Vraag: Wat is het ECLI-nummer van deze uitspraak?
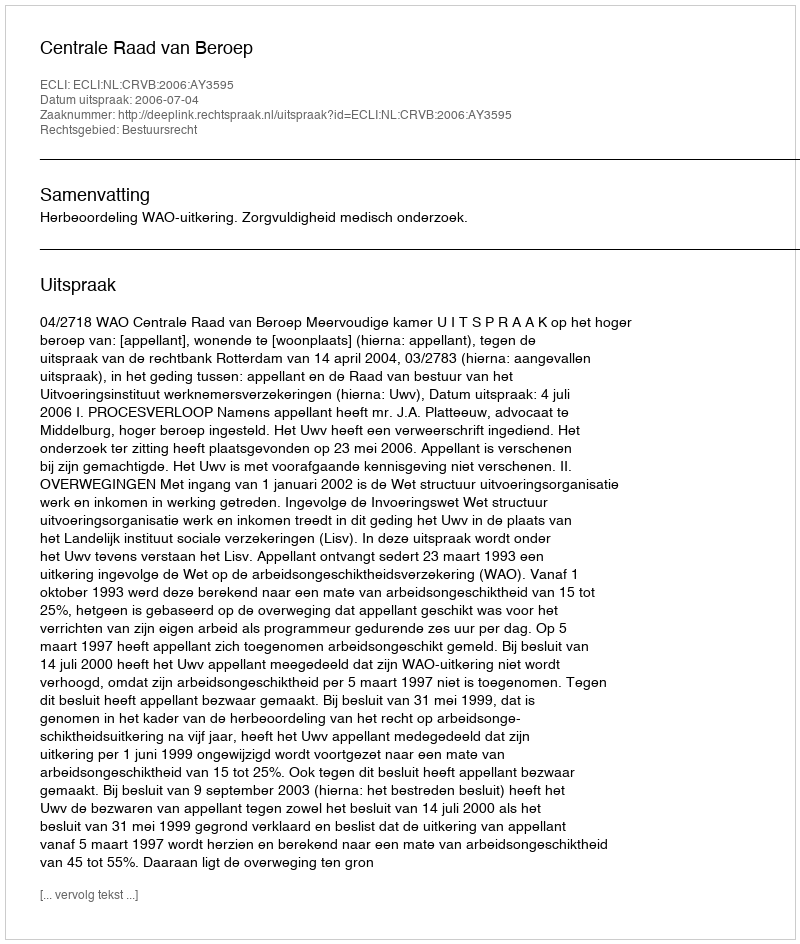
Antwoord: ECLI:NL:CRVB:2006:AY3595